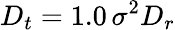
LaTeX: D_{t}=1.0\, \sigma^{2}D_{r}